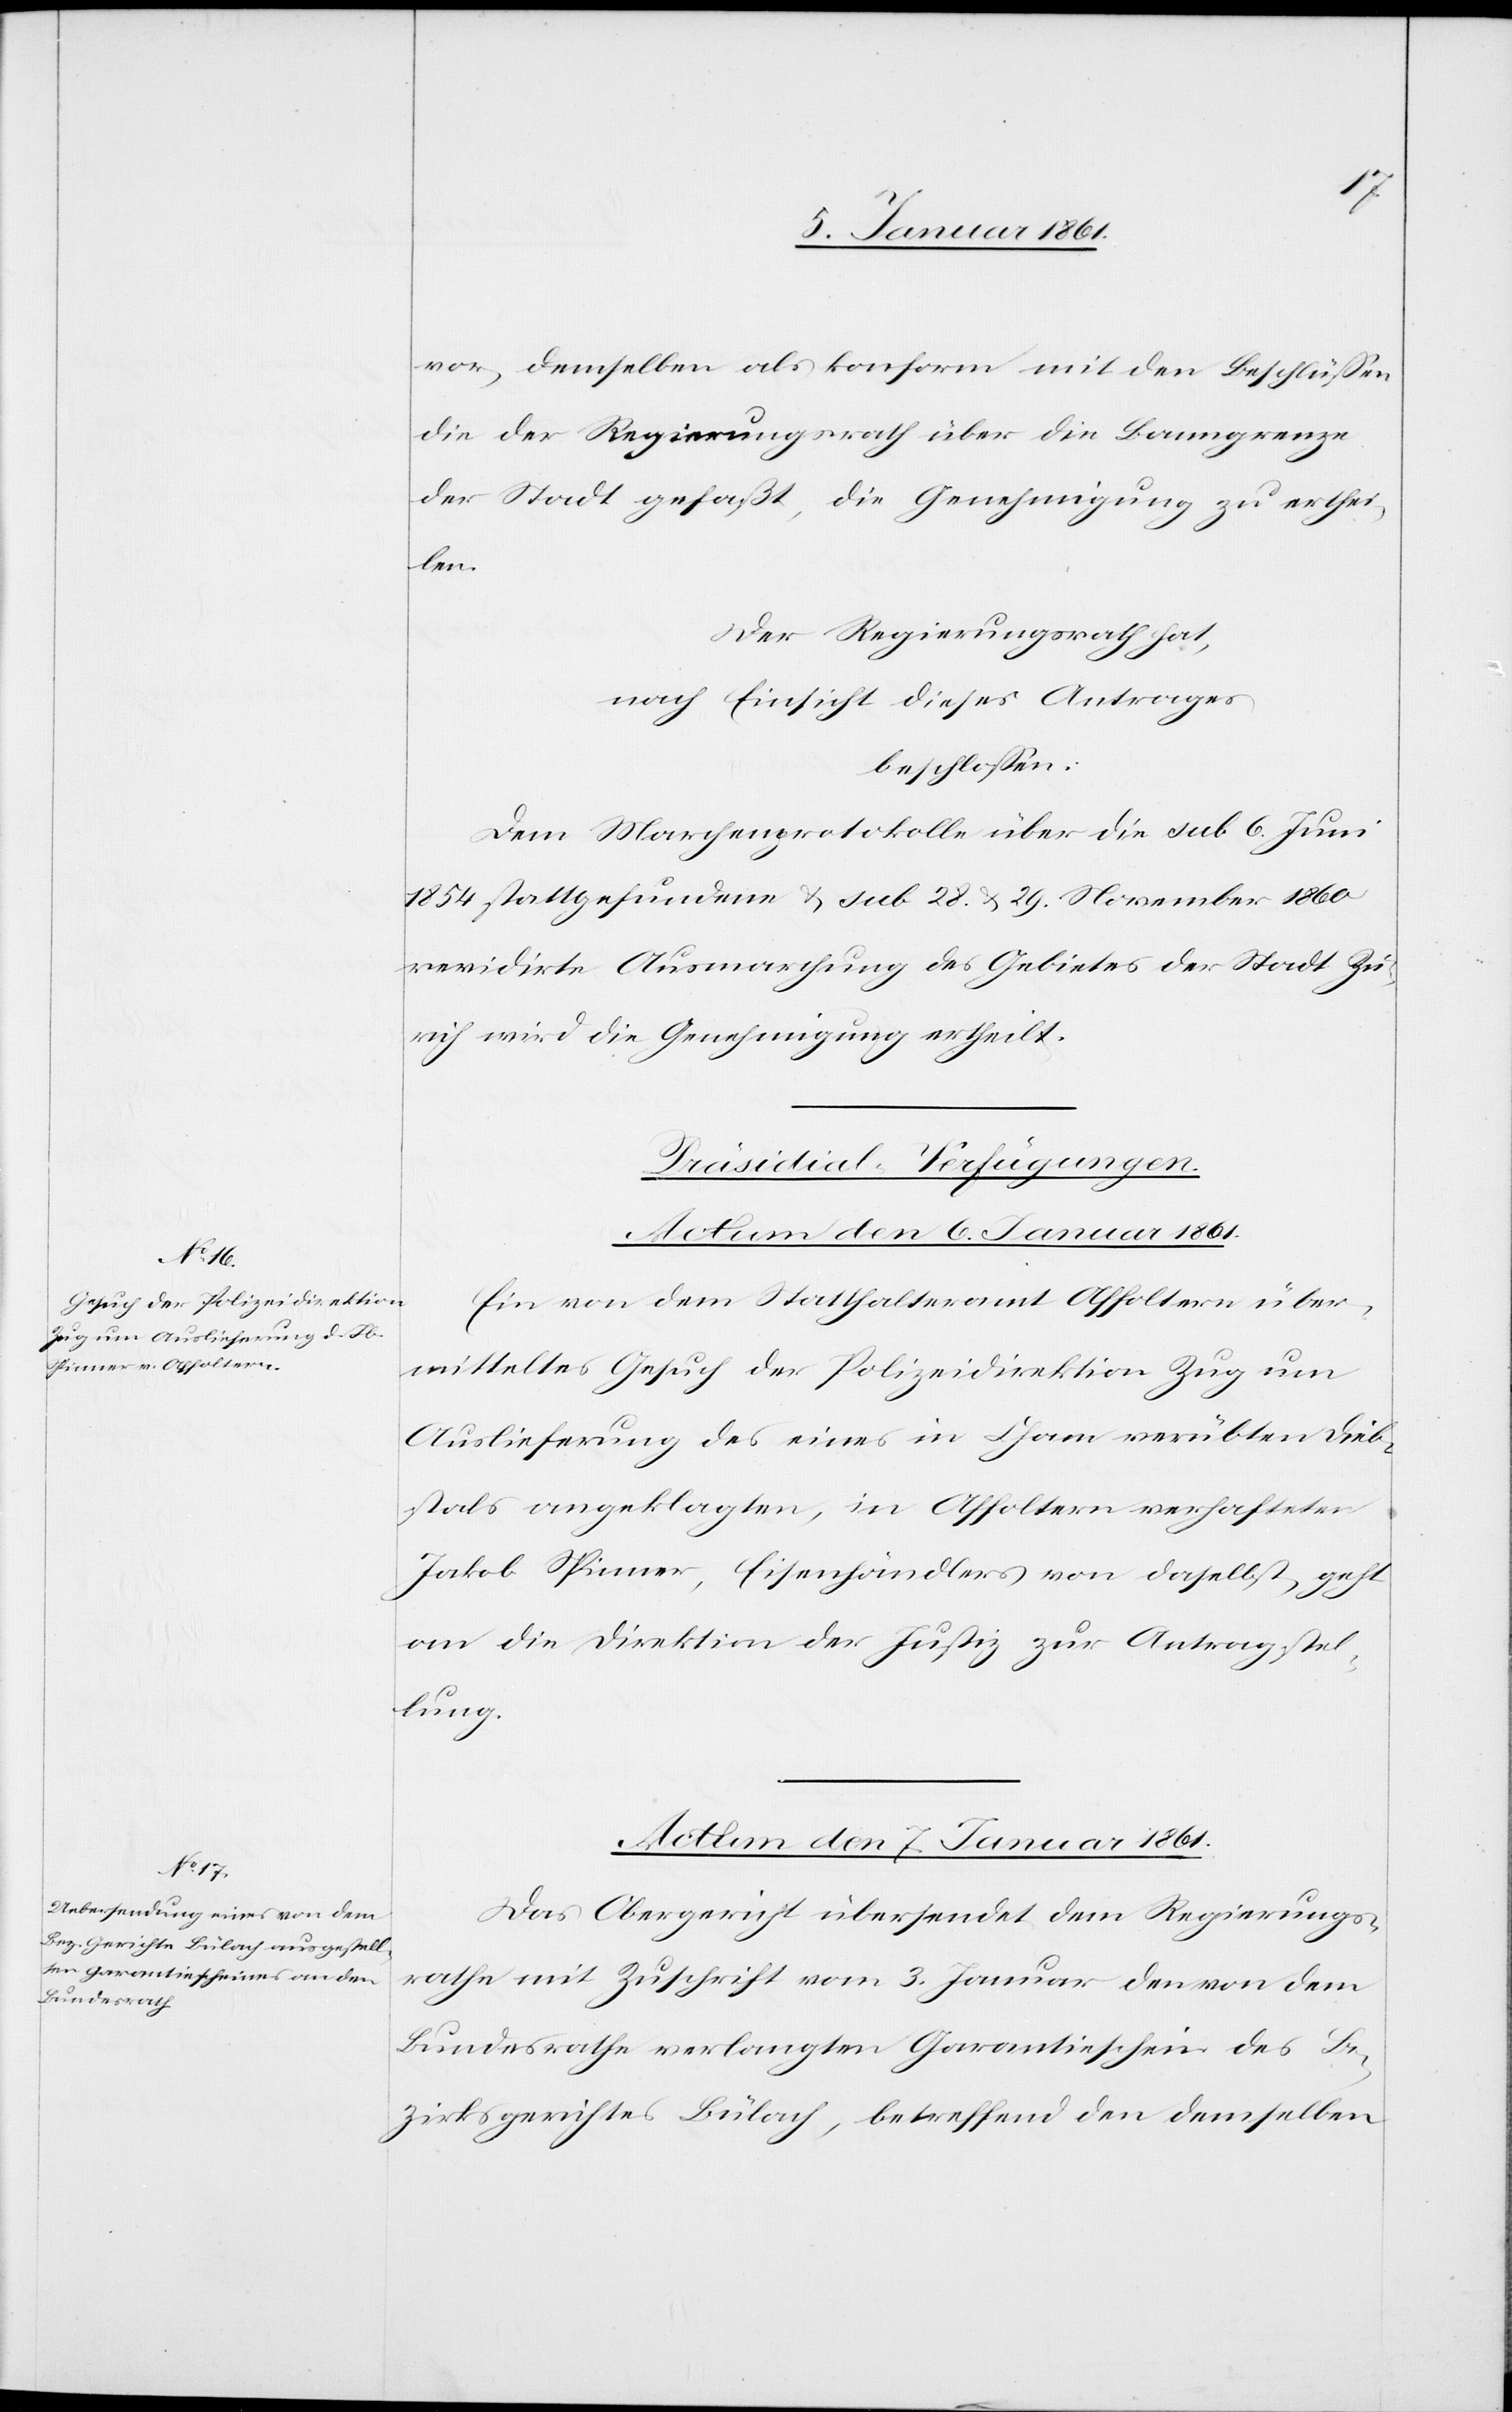
vor, demselben als konform mit den Beschlüssen
die der Regierungsrath über die Banngrenze
der Stadt gefaßt, die Genehmigung zu erthei¬
len.
Der Regierungsrath hat,
nach Einsicht dieses Antrages
beschlossen:
Dem Marchenprotokolle über die sub 6. Juni
1854 stattgefundenen u. sub 28. u. 29. November 1860
revidirte Ausmarchung des Gebietes der Stadt Zü¬
rich wird die Genehmigung ertheilt.
Präsidial-Verfügungen.
Actum den 6. Januar 1861.
Ein von dem Statthalteramt Affoltern über¬
mitteltes Gesuch der Polizeidirektion Zug um
Auslieferung des eines in Cham verübten Dieb¬
stals angeklagten, in Affoltern verhafteten
Jakob Spinner, Eisenhändlers von daselbst, geht
an die Direktion der Justiz zur Antragstel¬
lung.
Actum den 7. Januar 1861.
Das Obergericht übersendet dem Regierungs¬
rathe mit Zuschrift vom 3. Januar den von dem
Bundesrathe verlangten Garantieschein des Be¬
zirksgerichtes Bülach, betreffend den demselben